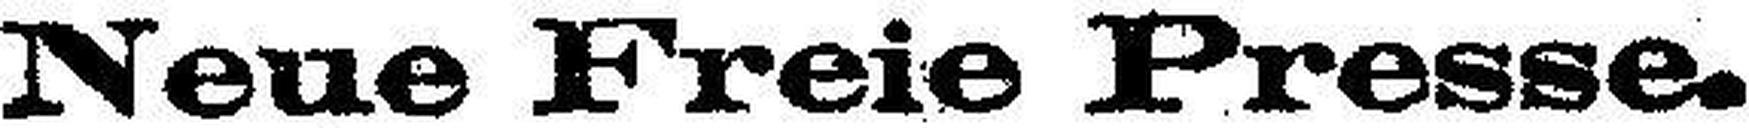
Neue Freie Presse.